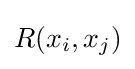
R(x_{i},x_{j})